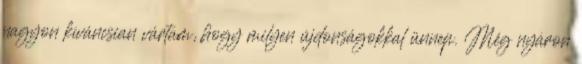
nagyon kíváncsian vártam, hogy milyen újdonságokkal ünnep. Még nyáron